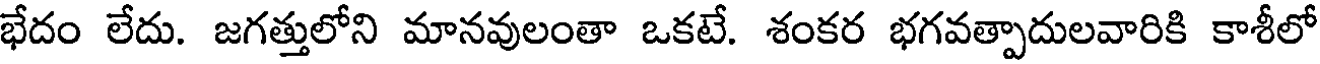
భేదం లేదు. జగత్తులోని మానవులంతా ఒకటే. శంకర భగవత్పాదులవారికి కాశీలో